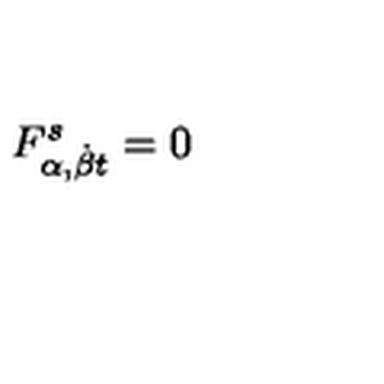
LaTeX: F _ { \alpha , { \dot { \beta } } t } ^ { s } = 0